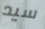
سيد